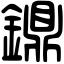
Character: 鐤